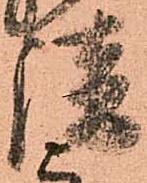
談